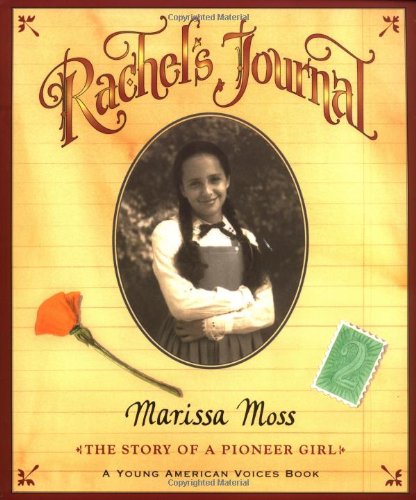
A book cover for Rachel's Journal: The Story of a Pioneer Girl; Marissa Moss; Children's Books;